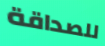
للصداقة